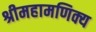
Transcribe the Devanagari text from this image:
श्रीमहामणिक्य